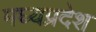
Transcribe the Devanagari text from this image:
मघ्‍यप्रदेश